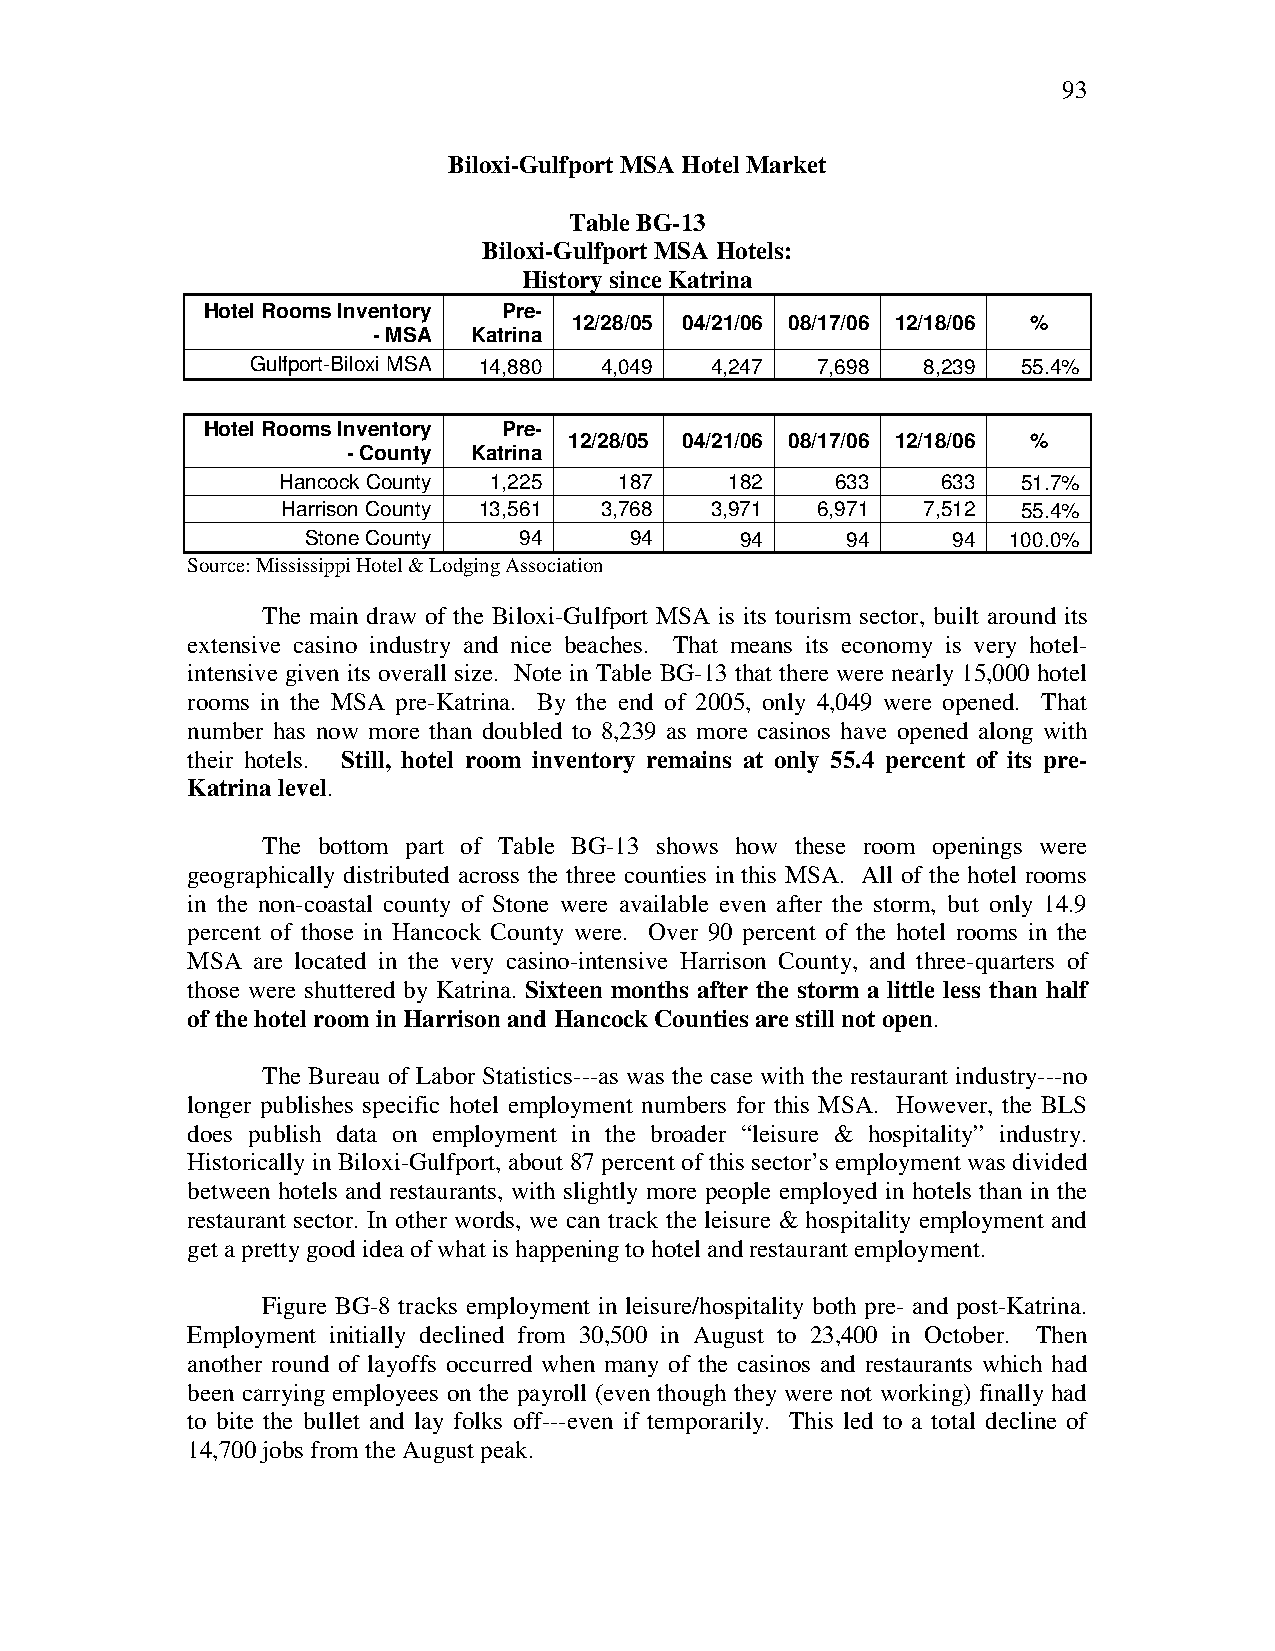
93
 Biloxi-Gulfport MSA Hotel Market
 Table BG-13
 Biloxi-Gulfport MSA Hotels:
 History since Katrina
 Hotel Rooms Inventory Pre-
 12/28/05 04/21/06 08/17/06 12/18/06 %
 - MSA Katrina
 Gulfport-Biloxi MSA 14,880 4,049 4,247 7,698 8,239 55.4%
 Hotel Rooms Inventory Pre-
 12/28/05 04/21/06 08/17/06 12/18/06 %
 - County Katrina
 Hancock County 1,225   187    182    633    633   51.7%
 Harrison County 13,561 3,768 3,971 6,971  7,512  55.4%
 Stone County  94      94     94     94     94  100.0%
 Source: Mississippi Hotel & Lodging Association
 The main draw of the Biloxi-Gulfport MSA is its tourism sector, built around its
 extensive casino industry and nice beaches. That means its economy is very hotel-
 intensive given its overall size. Note in Table BG-13 that there were nearly 15,000 hotel
 rooms in the MSA pre-Katrina. By the end of 2005, only 4,049 were opened. That
 number has now more than doubled to 8,239 as more casinos have opened along with
 their hotels. Still, hotel room inventory remains at only 55.4 percent of its pre-
 Katrina level.
 The bottom part of Table BG-13 shows how these room openings were
 geographically distributed across the three counties in this MSA. All of the hotel rooms
 in the non-coastal county of Stone were available even after the storm, but only 14.9
 percent of those in Hancock County were. Over 90 percent of the hotel rooms in the
 MSA  are located in the very casino-intensive Harrison County, and three-quarters of
 those were shuttered by Katrina. Sixteen months after the storm a little less than half
 of the hotel room in Harrison and Hancock Counties are still not open.
 The Bureau of Labor Statistics---as was the case with the restaurant industry---no
 longer publishes specific hotel employment numbers for this MSA. However, the BLS
 does publish data on employment in the broader “leisure & hospitality” industry.
 Historically in Biloxi-Gulfport, about 87 percent of this sector’s employment was divided
 between hotels and restaurants, with slightly more people employed in hotels than in the
 restaurant sector. In other words, we can track the leisure & hospitality employment and
 get a pretty good idea of what is happening to hotel and restaurant employment.
 Figure BG-8 tracks employment in leisure/hospitality both pre- and post-Katrina.
 Employment initially declined from 30,500 in August to 23,400 in October. Then
 another round of layoffs occurred when many of the casinos and restaurants which had
 been carrying employees on the payroll (even though they were not working) finally had
 to bite the bullet and lay folks off---even if temporarily. This led to a total decline of
 14,700 jobs from the August peak.